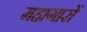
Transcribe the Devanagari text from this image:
महागारों